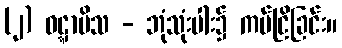
(၂) ဝဋ္ဋာမိသ - ဘုံသုံးပါး၌ ကပ်ငြိခြင်း။